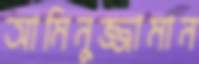
আমিনুজ্জামান